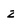
Character: z